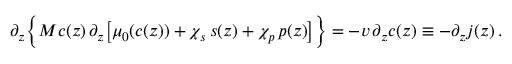
\partial _ { z } \Bigl \{ M c ( z ) \, \partial _ { z } \bigl [ \mu _ { 0 } ( c ( z ) ) + \chi _ { s } \, s ( z ) + \chi _ { p } \, p ( z ) \bigr ] \Bigr \} = - v \, \partial _ { z } c ( z ) \equiv - \partial _ { z } j ( z ) \, .